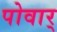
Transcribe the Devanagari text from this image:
पोवार्